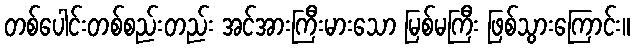
တစ်ပေါင်းတစ်စည်းတည်း အင်အားကြီးမားသော မြစ်မကြီး ဖြစ်သွားကြောင်း။